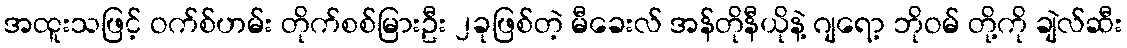
အထူးသဖြင့် ဝက်စ်ဟမ်း တိုက်စစ်မြားဦး ၂ခုဖြစ်တဲ့ မီခေးလ် အန်တိုနီယိုနဲ့ ဂျရော့ ဘိုဝမ် တို့ကို ချဲလ်ဆီး